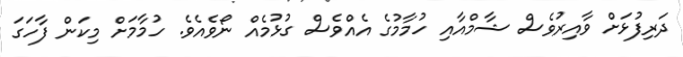
ދަރިފުޅަށް ވާއިރުވެސް ޝާމްއާއި ހުމާމުގެ އެއްވެސް ގުޅުމެއް ނޯވެއެވެ. ހުމާމަށް މިކަން ފާހަގަ